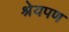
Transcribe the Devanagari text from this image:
श्रेयपण